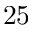
2 5